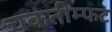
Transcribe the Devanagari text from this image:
चकतीम्फट